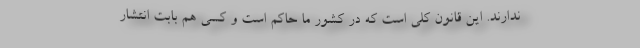
ندارند. این قانون کلی است که در کشور ما حاکم است و کسی هم بابت انتشار